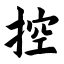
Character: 控